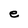
Character: e